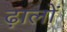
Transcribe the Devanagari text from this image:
ढ़ालों